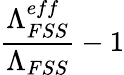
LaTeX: \frac{\Lambda_{FSS}^{eff}}{\Lambda_{FSS}}-1